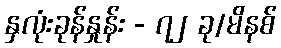
နှလုံးခုန်နှုန်း - ၇၂ ခု/မိနစ်